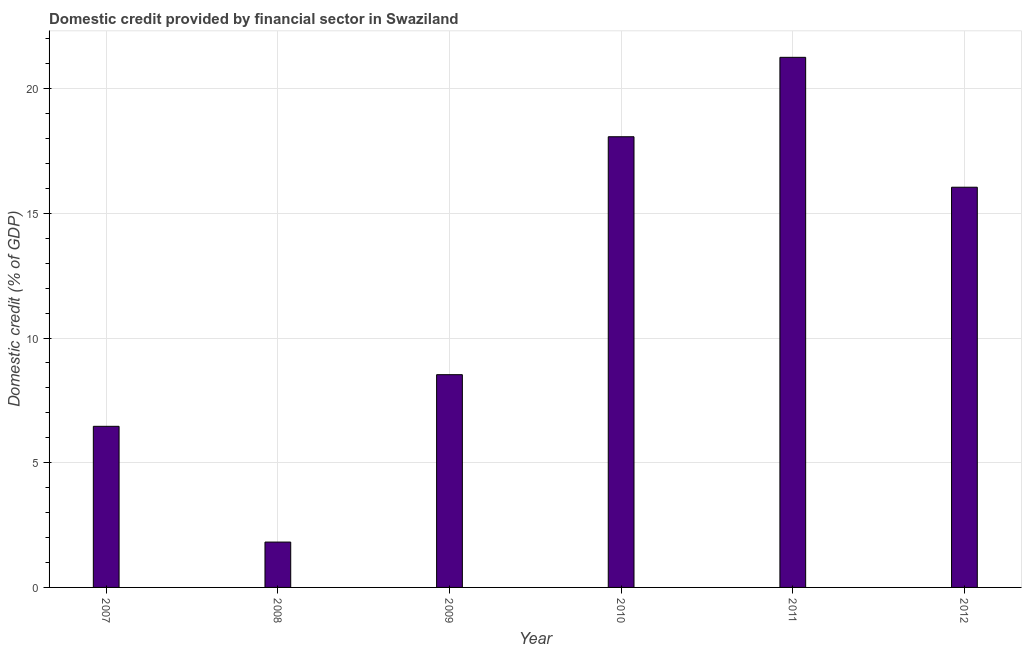
| Year | Domestic credit provided by financial sector |
 | --- | --- |
 | 2007 | 6.46 |
 | 2008 | 1.82 |
 | 2009 | 8.53 |
 | 2010 | 18.1 |
 | 2011 | 21.3 |
 | 2012 | 16 |